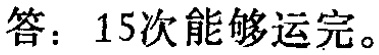
答：15次能够运完。